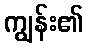
ကျွန်း၏